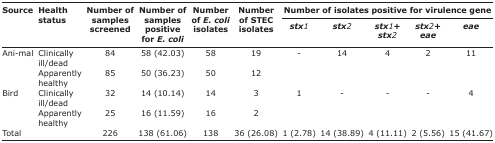
| <ROWSPAN=3> Source | <ROWSPAN=3> Health status | <ROWSPAN=3> Number of samples screened | <ROWSPAN=3> Number of samples positive for E. coli | <ROWSPAN=3> Number of E. coli isolates | <ROWSPAN=3> Number of STEC isolates | <COLSPAN=5> Number of isolates positive for virulence gene |
 | stx1 | stx2 | stx1+stx2 | stx2+eae | eae |
 | --- | --- | --- | --- | --- | --- | --- | --- | --- | --- | --- |
 | <ROWSPAN=2> Ani-mal | Clinically ill/dead | 84 | 58 (42.03) | 58 | 19 | - | 14 | 4 | 2 | 11 |
 | Apparently healthy | 85 | 50 (36.23) | 50 | 12 |  |  |  |  |  |
 | <ROWSPAN=2> Bird | Clinically ill/dead | 32 | 14 (10.14) | 14 | 3 | 1 | - | - | - | 4 |
 | Apparently healthy | 25 | 16 (11.59) | 16 | 2 |  |  |  |  |  |
 | Total |  | 226 | 138 (61.06) | 138 | 36 (26.08) | 1 (2.78) | 14 (38.89) | 4 (11.11) | 2 (5.56) | 15 (41.67) |